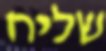
שליח